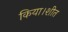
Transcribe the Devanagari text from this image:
किया।शीत